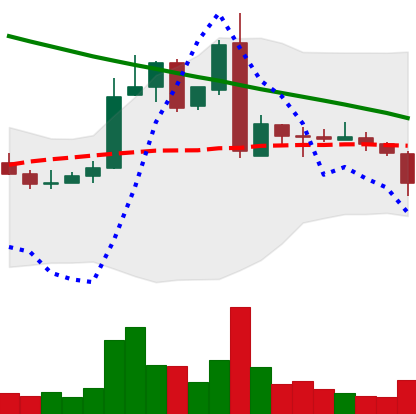
Ticker: ADA-USD
Chart end date: 2019-03-04
Forward return: 15.088%
Label: up_7plus